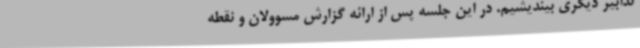
تدابیر دیگری بیندیشیم. در این جلسه پس از ارائه گزارش مسوولان و نقطه